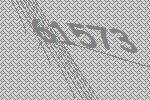
61573